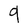
Character: 9